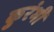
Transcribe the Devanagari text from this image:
कुरंभी